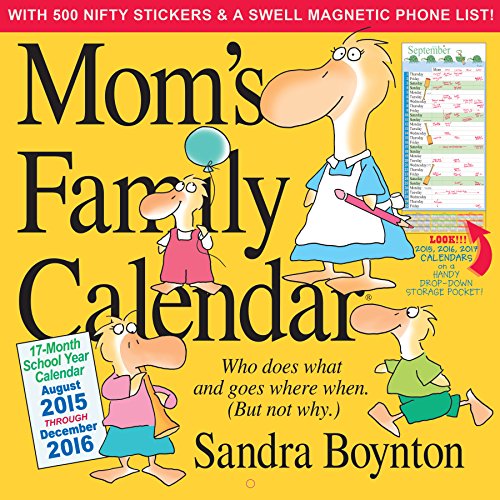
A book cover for Mom's Family Wall Calendar 2016; Sandra Boynton; Calendars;